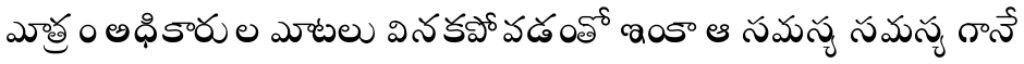
మాత్రం అధికారుల మాటలు వినకపోవడంతో ఇంకా ఆ సమస్య సమస్య గానే